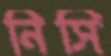
নিসি